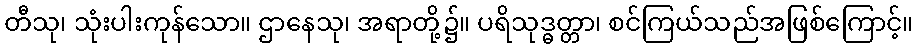
တီသု၊ သုံးပါးကုန်သော။ ဌာနေသု၊ အရာတို့၌။ ပရိသုဒ္ဓတ္တာ၊ စင်ကြယ်သည်အဖြစ်ကြောင့်။